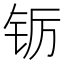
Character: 䥿